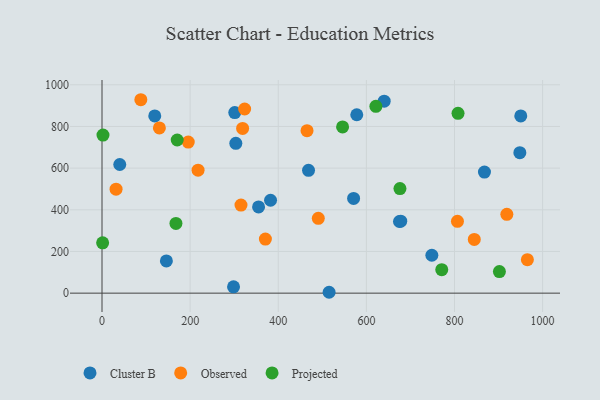
{"axis": {"x": "Distance", "y": "Salary"}, "legend": ["Cluster B", "Observed", "Projected"], "data": [{"x": "303.7", "y": 719.0, "type": "Cluster B"}, {"x": "950.4", "y": 850.6, "type": "Cluster B"}, {"x": "40.3", "y": 617.5, "type": "Cluster B"}, {"x": "868.0", "y": 581.3, "type": "Cluster B"}, {"x": "571.0", "y": 454.7, "type": "Cluster B"}, {"x": "298.5", "y": 30.3, "type": "Cluster B"}, {"x": "119.7", "y": 850.7, "type": "Cluster B"}, {"x": "948.3", "y": 674.0, "type": "Cluster B"}, {"x": "301.3", "y": 866.7, "type": "Cluster B"}, {"x": "515.4", "y": 4.2, "type": "Cluster B"}, {"x": "675.1", "y": 343.9, "type": "Cluster B"}, {"x": "146.1", "y": 154.6, "type": "Cluster B"}, {"x": "355.3", "y": 413.7, "type": "Cluster B"}, {"x": "678.0", "y": 345.6, "type": "Cluster B"}, {"x": "468.7", "y": 589.5, "type": "Cluster B"}, {"x": "748.6", "y": 182.0, "type": "Cluster B"}, {"x": "382.5", "y": 445.9, "type": "Cluster B"}, {"x": "578.2", "y": 856.3, "type": "Cluster B"}, {"x": "640.4", "y": 921.3, "type": "Cluster B"}, {"x": "195.7", "y": 725.2, "type": "Observed"}, {"x": "465.3", "y": 779.6, "type": "Observed"}, {"x": "319.1", "y": 790.8, "type": "Observed"}, {"x": "844.9", "y": 257.8, "type": "Observed"}, {"x": "323.7", "y": 883.7, "type": "Observed"}, {"x": "490.9", "y": 359.3, "type": "Observed"}, {"x": "918.8", "y": 378.3, "type": "Observed"}, {"x": "31.9", "y": 499.0, "type": "Observed"}, {"x": "806.7", "y": 344.6, "type": "Observed"}, {"x": "130.2", "y": 793.0, "type": "Observed"}, {"x": "88.1", "y": 928.3, "type": "Observed"}, {"x": "370.8", "y": 259.6, "type": "Observed"}, {"x": "315.4", "y": 422.9, "type": "Observed"}, {"x": "965.4", "y": 160.7, "type": "Observed"}, {"x": "218.0", "y": 590.0, "type": "Observed"}, {"x": "546.0", "y": 797.9, "type": "Projected"}, {"x": "771.1", "y": 112.9, "type": "Projected"}, {"x": "1.4", "y": 241.6, "type": "Projected"}, {"x": "621.6", "y": 896.4, "type": "Projected"}, {"x": "170.7", "y": 735.0, "type": "Projected"}, {"x": "676.2", "y": 502.1, "type": "Projected"}, {"x": "901.9", "y": 103.5, "type": "Projected"}, {"x": "808.0", "y": 863.0, "type": "Projected"}, {"x": "167.8", "y": 334.7, "type": "Projected"}, {"x": "2.2", "y": 758.8, "type": "Projected"}]}